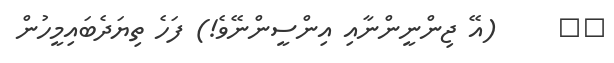
٧١     (އޭ ޖިންނީންނާއި އިންސީންނޭވެ!) ފަހެ ތިޔަދެބައިމީހުން